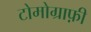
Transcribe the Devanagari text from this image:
टोमोग्राफ़ी